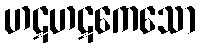
ဟဋဟဋကေသော